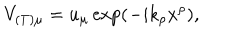
LaTeX: V _ { ( T ) \mu } = u _ { \mu } \exp ( - i k _ { \rho } x ^ { \rho } ) ,